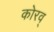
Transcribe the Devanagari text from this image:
कोरव्